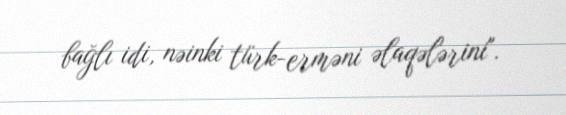
bağlı idi, nəinki türk-erməni əlaqələrini".